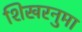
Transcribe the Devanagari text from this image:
शिखरनुमा